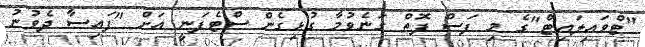
"ޓްވައިލައިޓް"ގެ މި ފަސް ފޮތް ގަނެވުމާ ގުޅިގެން ސްޓެފަނީ އަށް "ފައިސާ ދެވުނު